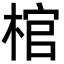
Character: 棺